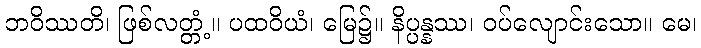
ဘဝိဿတိ၊ ဖြစ်လတ္တံ့။ ပထဝိယံ၊ မြေ၌။ နိပ္ပန္နဿ၊ ဝပ်လျောင်းသော။ မေ၊